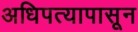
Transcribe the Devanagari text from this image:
अधिपत्यापासून